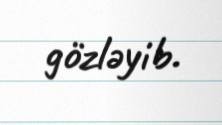
gözləyib.